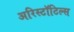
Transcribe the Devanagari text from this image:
अरिस्टॉटिल्स